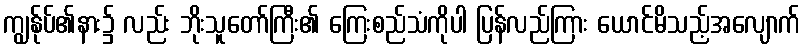
ကျွန်ုပ်၏နား၌ လည်း ဘိုးသူတော်ကြီး၏ ကြေးစည်သံကိုပါ ပြန်လည်ကြား ယောင်မိသည့်အလျောက်